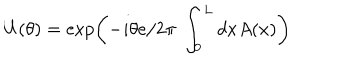
U ( \theta ) = \exp \left( - i \theta { e } / { 2 \pi } ~ \int _ { 0 } ^ { L } d x A ( x ) \right)